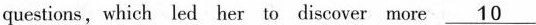
questions, which led her to discover more \underline{10}